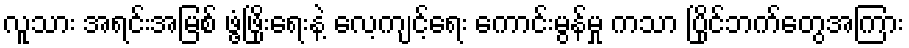
လူသား အရင်းအမြစ် ဖွံ့ဖြိုးရေးနဲ့ လေ့ကျင့်ရေး ကောင်းမွန်မှု ကသာ ပြိုင်ဘက်တွေအကြား